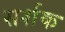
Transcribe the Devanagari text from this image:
सर्शक